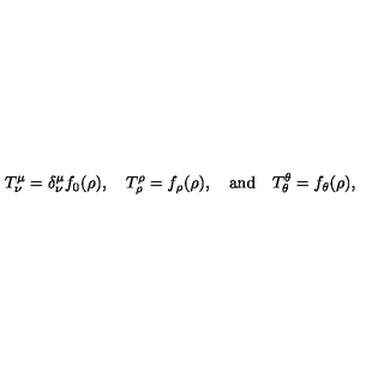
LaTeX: T _ { \nu } ^ { \mu } = \delta _ { \nu } ^ { \mu } f _ { 0 } ( \rho ) , \quad T _ { \rho } ^ { \rho } = f _ { \rho } ( \rho ) , \quad \mathrm { a n d } \quad T _ { \theta } ^ { \theta } = f _ { \theta } ( \rho ) ,